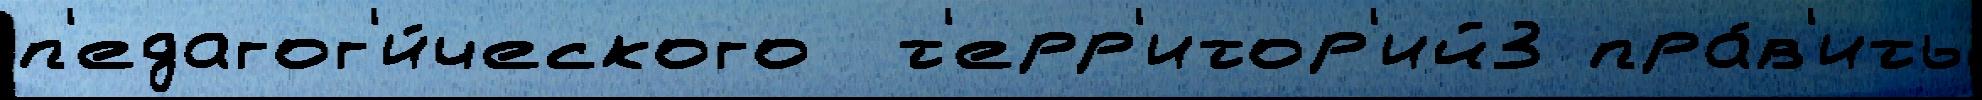
п'едагог'и́ческого  т'ерр'итор'ий3 пра́в'ить